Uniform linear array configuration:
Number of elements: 48
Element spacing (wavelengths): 1
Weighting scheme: blackman
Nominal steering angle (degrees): -60
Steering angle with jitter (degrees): -59.209
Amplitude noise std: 0.05
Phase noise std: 0.05

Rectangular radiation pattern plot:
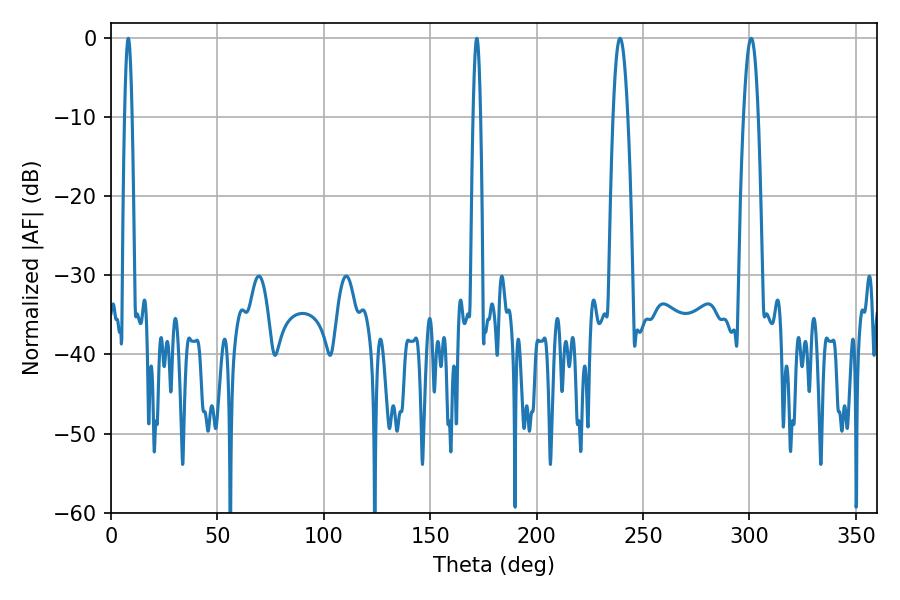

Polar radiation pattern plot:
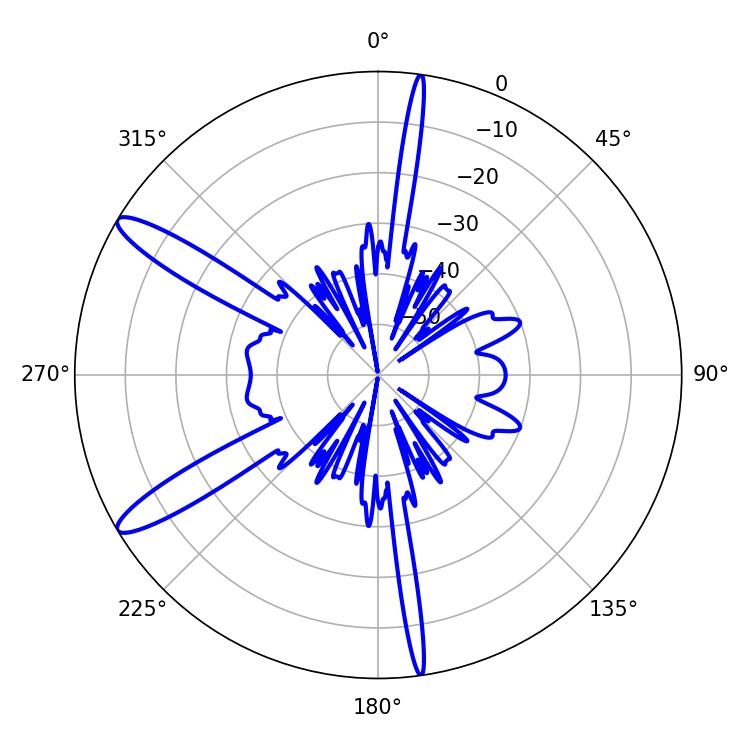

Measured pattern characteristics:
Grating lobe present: TRUE
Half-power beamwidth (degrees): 1.8
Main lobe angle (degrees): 8.1